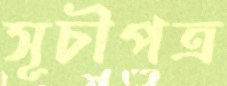
সূচীপত্র